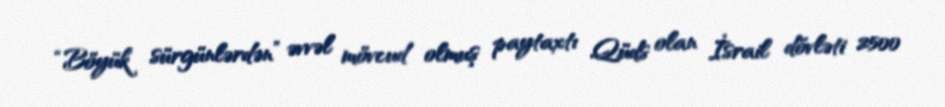
“Böyük sürgünlərdən” əvvəl mövcud olmuş paytaxtı Qüds olan İsrail dövləti 2500